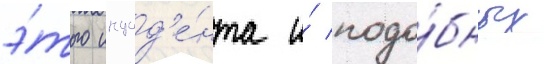
э́того инцид'е́нта и́ подо́бных